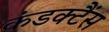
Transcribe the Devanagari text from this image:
कंडक्टैंस